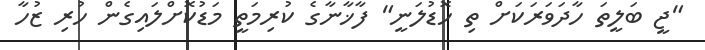
"ޖީ ބަލީތަ ހާދަވަރަކަށް ތި ހޮޑުލަނީ" ފާޚާނާގެ ކުރިމަތީ މަޑުކޮށްލައިގެން ހުރި ޒުހާ